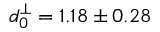
d _ { 0 } ^ { \perp } = 1 . 1 8 \pm 0 . 2 8